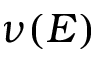
\nu ( E )